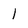
Character: l